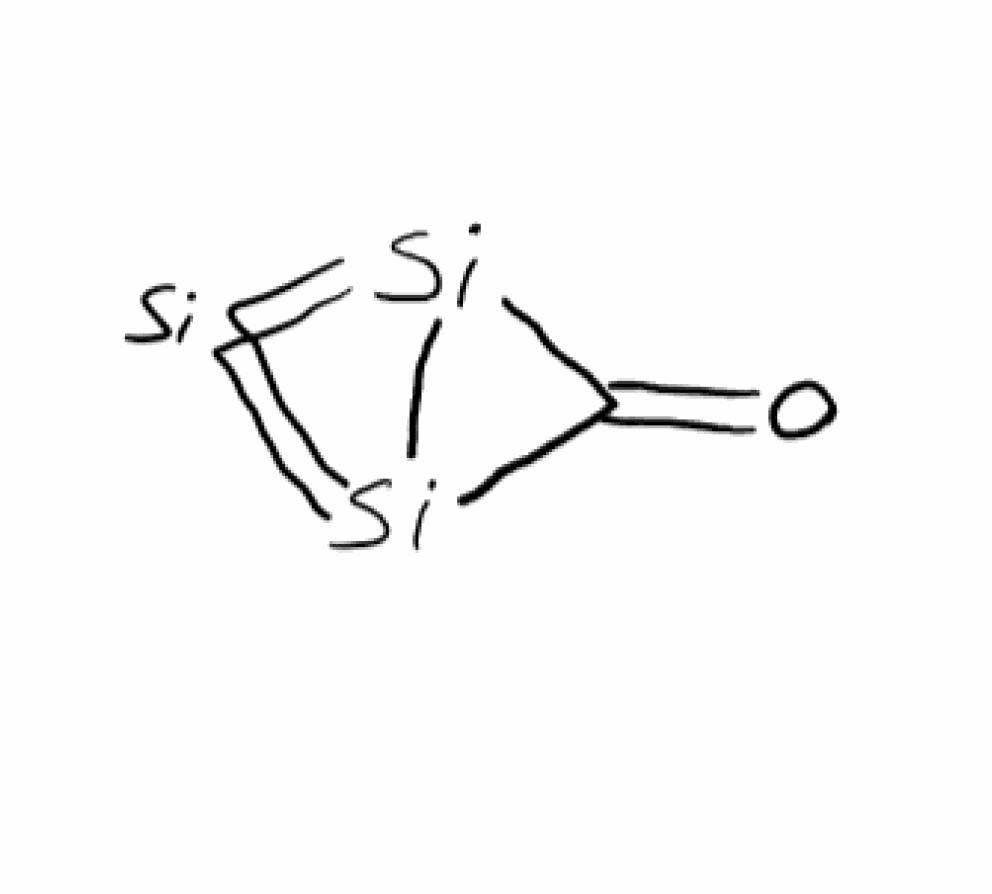
Simplified molecular-input line-entry system (SMILES) notation of the given molecule:
C1(=O)[Si]2=[Si]=[Si]12